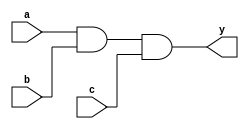
module top (a, b, c, y);
input a, b, c;
output y;


and (y, a, b, c);

endmodule